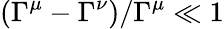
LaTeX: (\Gamma^{\mu}-\Gamma^{\nu})/\Gamma^{\mu}\ll 1